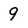
Character: 9